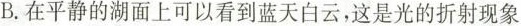
B.在平静的湖面上可以看到蓝天白云，这是光的折射现象